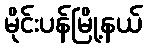
မိုင်းပန်မြို့နယ်